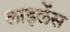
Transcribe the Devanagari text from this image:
लाइलेंस